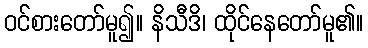
ဝင်စားတော်မူ၍။ နိသီဒိ၊ ထိုင်နေတော်မူ၏။